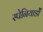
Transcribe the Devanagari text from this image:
स्पेनियार्डों